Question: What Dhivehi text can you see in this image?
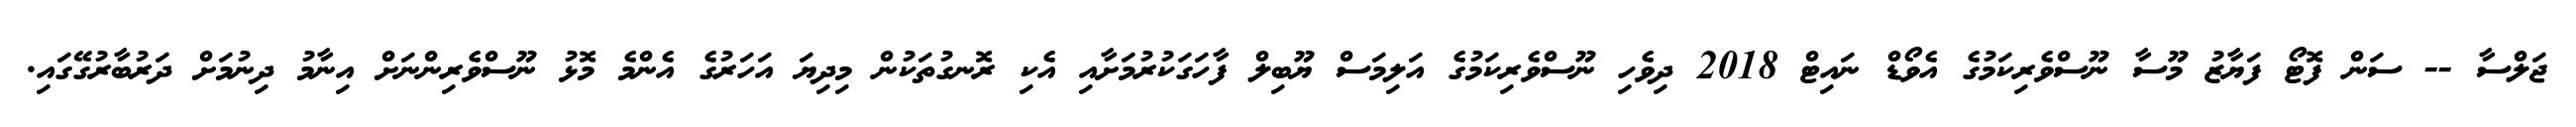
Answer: ޖަލްސާ -- ސަން ފޮޓޯ ފަޔާޒު މޫސާ ނޫސްވެރިކަމުގެ އެވޯޑް ނައިޓް 2018 ދިވެހި ނޫސްވެރިކަމުގެ އަލިމަސް ޔޫބިލް ފާހަގަކުރުމަށާއި އެކި ރޮނގުތަކުން މިދިޔަ އަހަރުގެ އެންމެ މޮޅު ނޫސްވެރިންނަށް އިނާމު ދިނުމަށް ދަރުބާރުގޭގައި.